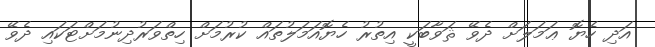
އަދި ހެޔޮ ޢަމަލަށް ދެވޭ ޘަވާބަކީ އިތުރު ހެޔޮއަމަލުތައް ކުރުމަށް ހިތްވަރުދިނުމަށްޓަކައި ދެވޭ